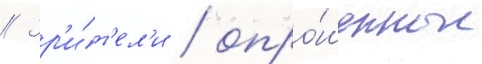
// Зр'и́т'ел'и / опро́шенные